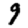
Digit: 9